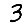
Digit: 3